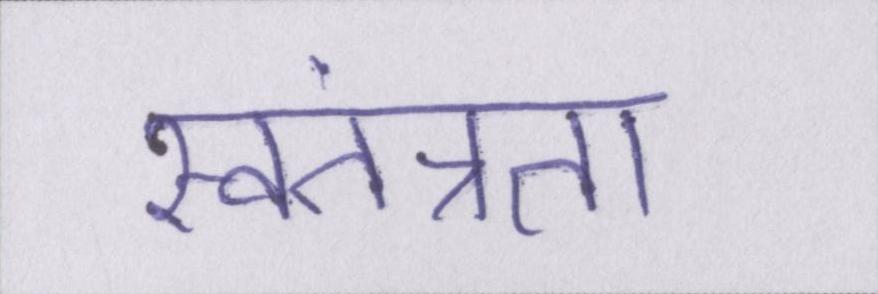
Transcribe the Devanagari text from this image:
स्वतंत्रता